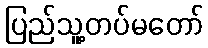
ပြည်သူ့တပ်မတော်